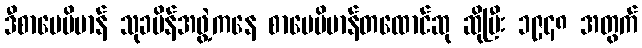
ဒီစာပေဗိမာန် သုခမိန်အဖွဲ့ကနေ စာပေဗိမာန်တထောင်ဆု ဆိုပြီး ၁၉၄၈ အတွက်